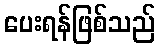
ပေးရန်ဖြစ်သည်